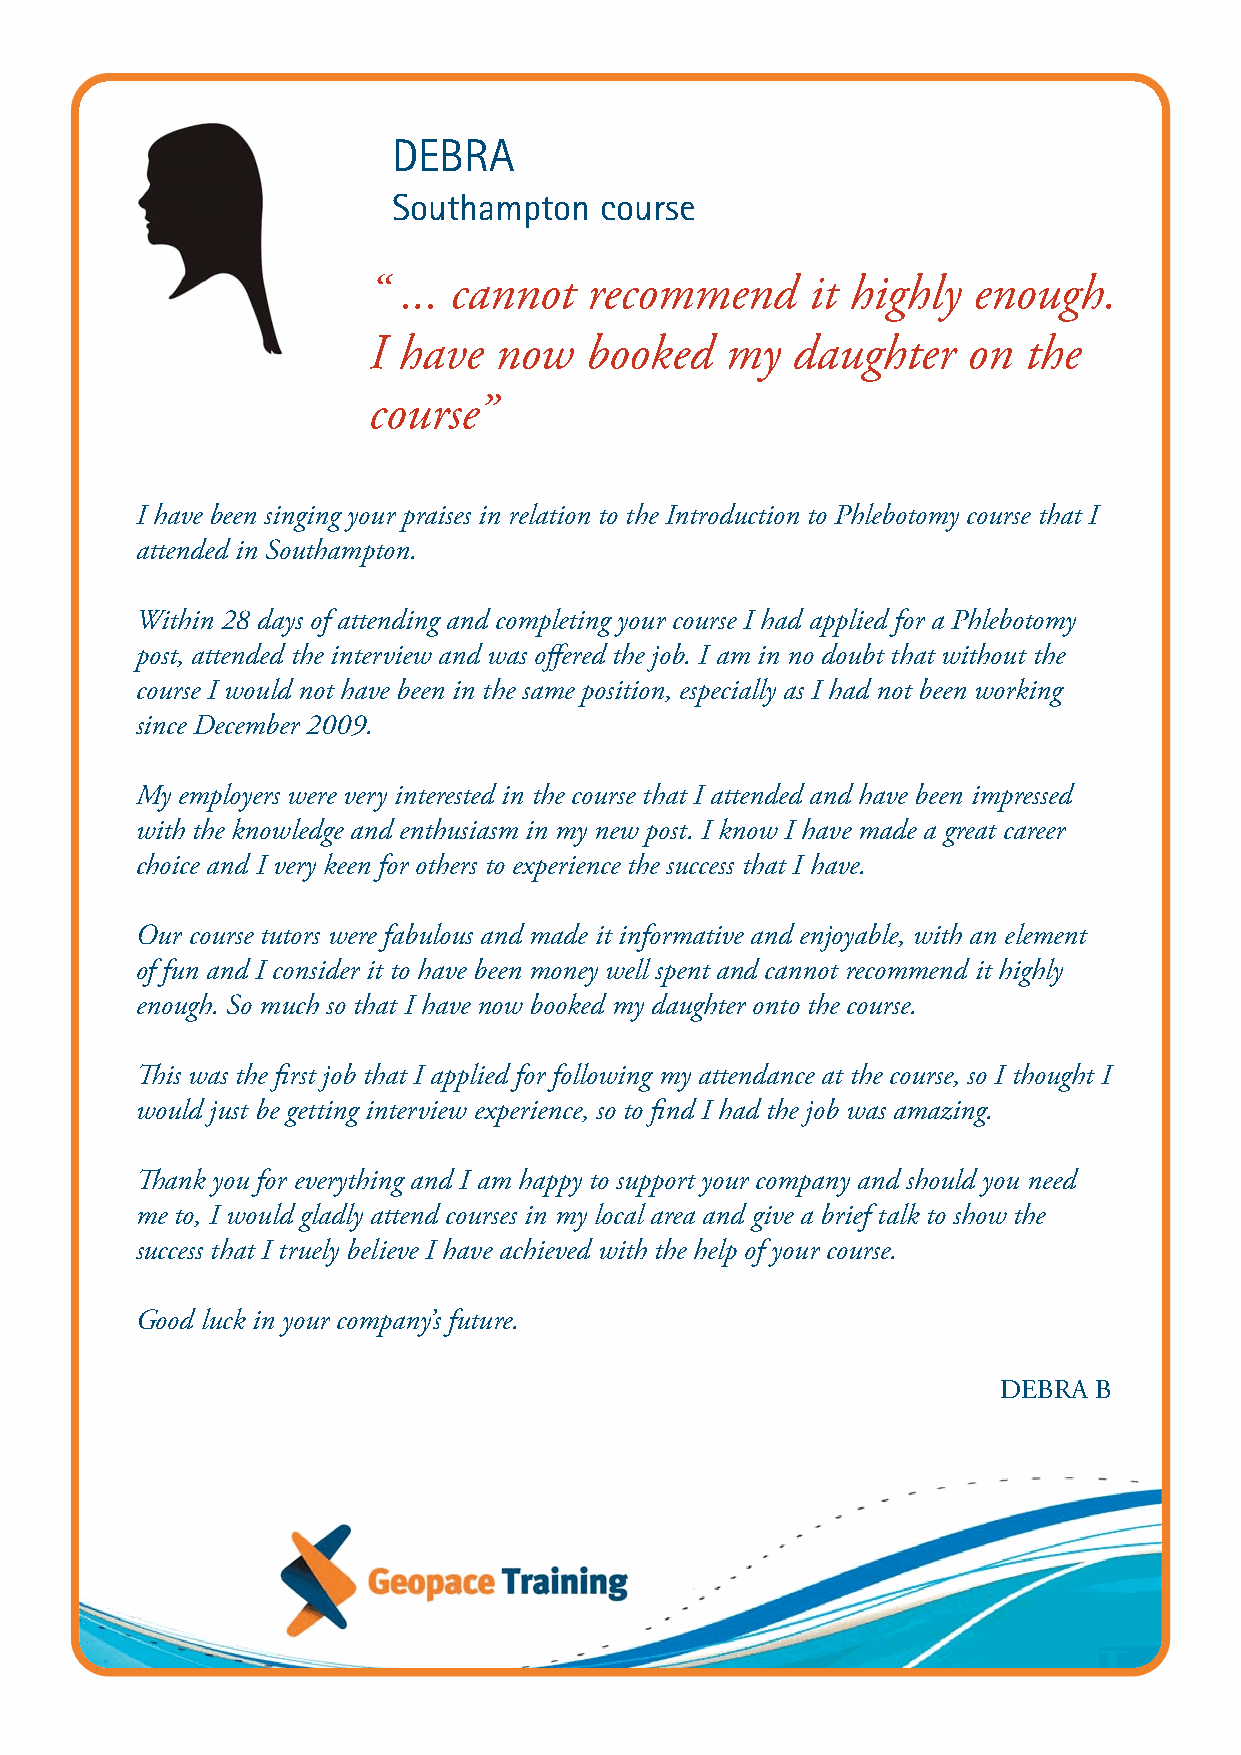
DEBRA
 Southampton   course
 “ ... cannot   recommend      it highly enough.
 I have   now   booked   my  daughter    on  the
 course”
 I have been singing your praises in relation to the Introduction to Phlebotomy course that I
 attended in Southampton.
 Within 28 days of attending and completing your course I had applied for a Phlebotomy
 post, attended the interview and was offered the job. I am in no doubt that without the
 course I would not have been in the same position, especially as I had not been working
 since December 2009.
 My employers were very interested in the course that I attended and have been impressed
 with the knowledge and enthusiasm in my new post. I know I have made a great career
 choice and I very keen for others to experience the success that I have.
 Our course tutors were fabulous and made it informative and enjoyable, with an element
 of fun and I consider it to have been money well spent and cannot recommend it highly
 enough. So much so that I have now booked my daughter onto the course.
 This was the first job that I applied for following my attendance at the course, so I thought I
 would just be getting interview experience, so to find I had the job was amazing.
 Thank you for everything and I am happy to support your company and should you need
 me to, I would gladly attend courses in my local area and give a brief talk to show the
 success that I truely believe I have achieved with the help of your course.
 Good luck in your company’s future.
 DEBRA B